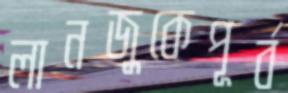
লানজুকেপূর্ব